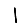
Digit: 1